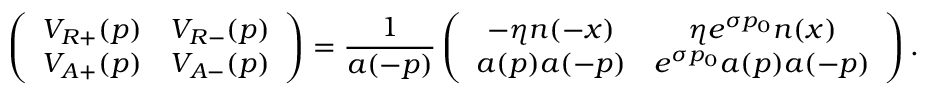
\left( \begin{array} { c c } { { V _ { R + } ( p ) } } & { { V _ { R - } ( p ) } } \\ { { V _ { A + } ( p ) } } & { { V _ { A - } ( p ) } } \end{array} \right) = \frac { 1 } { a ( - p ) } \left( \begin{array} { c c } { { - \eta n ( - x ) } } & { { \eta e ^ { \sigma p _ { 0 } } n ( x ) } } \\ { { a ( p ) a ( - p ) } } & { { e ^ { \sigma p _ { 0 } } a ( p ) a ( - p ) } } \end{array} \right) .